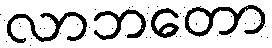
လာဘတော